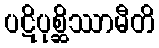
ပဋိပုစ္ဆိဿာမီတိ